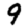
Digit: 9